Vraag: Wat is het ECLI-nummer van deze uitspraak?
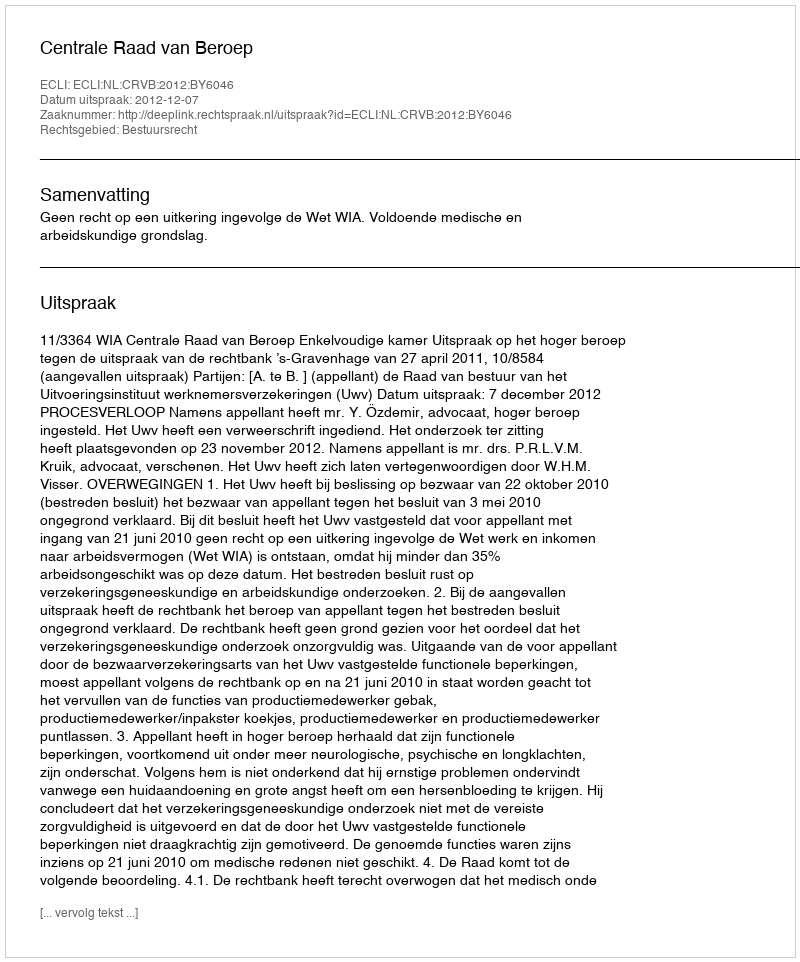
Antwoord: ECLI:NL:CRVB:2012:BY6046